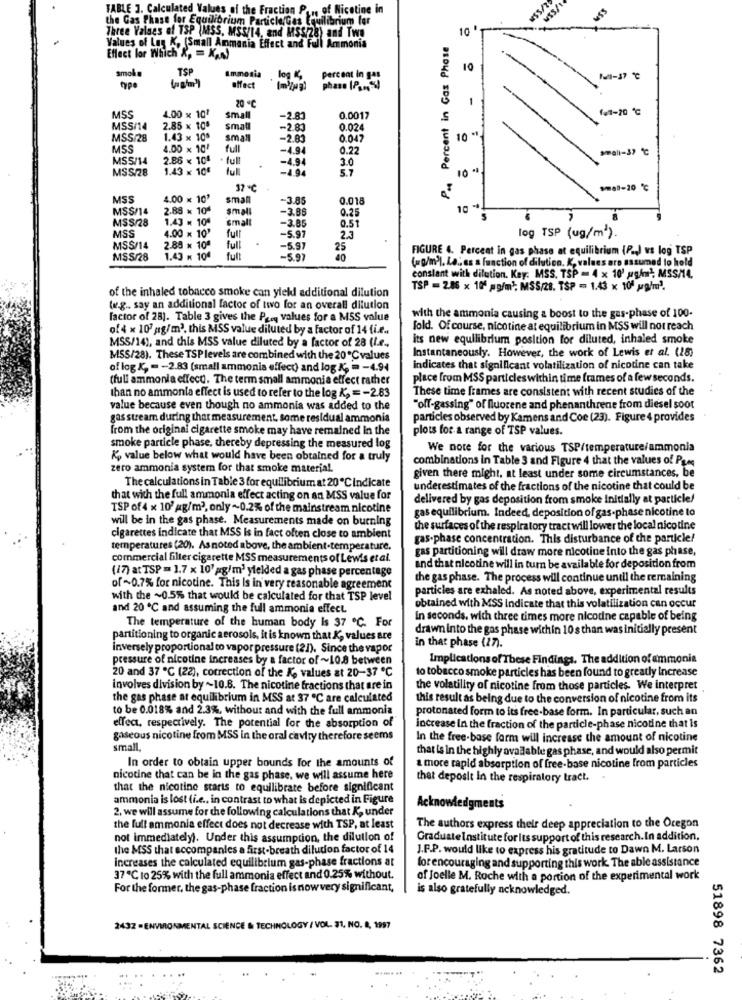
TABLE 3. Calculated Values of the Fraction P ., of Nicotine in
2/SSH
VISSA
the Gas Phase for Equilibrium Particle/Ges Equilibrium for
10
Three Values of TSP (MSS, MSS/14, and MSS/28) and Two
Values of Log K, (Small Ammania Effect and Full Ammonia
P ., Percent in Gas Phase
Effect lor Which &, = KAN)
TSP
Ammonia
10
log K,
percent in gas
1-17 ℃
affect
phase (P ... %)
20
1
f41-20 ℃
MSS
1.00 x 101
small
-2.80
0.0017
MSS/14
2.85 x 105
small
-2.83
0.024
MSS/28
1.43 x 100
small
-2.83
0.047
10 *
MSS
4.00 x 10'
full
-4.94
0.22
MSS/14
2.86 × 101
full
-4.94
30
MSS/28
1.43 × 10€
ful
-1.94
5.7
10
37℃
sel-20 ℃
MSS
4.00 × 10'
small
-3.85
0.018
MSS/14
2.88 * 10ª
small
-3.86
0.25
10 "
MS$/28
1.43 × 104
small
0.51
MSS
-3.85
23
4.00 x 10'
full
-5.97
log TSP (ug/m2).
MSS/14
2.88 x 10ª
full
-5.97
25
FIGURE 4. Percent in gas phase at equilibrium (P.J vs log TSP
MSS/28
1.43 x 104
full
-5.97
40
(=g/m)), La ., as a function of dilution. K, values are assumed to hold
conslant with dilution. Key: MSS. TSP = 4 x 10' ughw), MSS/14,
of the inhaled tobacco smoke can yield additional dilution
TSP = 286 x 10' pg/ml; MSS/28. TSP = 1.43 x 10ª palm3.
ww.g .. say an additional factor of two for an overall dilution
factor of 28). Table 3 gives the Prey values for a MSS value
with the ammonia causing a boost to the gas-phase of 100.
of 4 x 107 ;g/m2, this MSS value diluted by a factor of 14 (i.e ..
fold. Of course, nicotine at equilibrium in MSS will not reach
MSS/14), and this MSS value diluted by a factor of 28 (I.e .,
its new equilibrium position for diluted, inhaled smoke
Instantaneously. However, the work of Lewis et al. (18)
MSS/28). These TSPlevels are combined with the 20℃ values
of log X, - - 2.83 (small ammonia effect) and log K. = - 4.94
Indicates that significant volatilization of nicotine can take
(full ammonia effect). The term small ammonia effect rather
place from MSS particles within time frames of a few seconds.
These time frames are consistent with recent studies of the
than no ammonia effect is used to refer to the log K, = - 2.83
value because even though no ammonia was added to the
"off-gassing" of fluorene and phenanthrene from diesel soot
gas stream during that measurement, some residual ammonia
particles observed by Kamens and Coe (23). Figure 4 provides
from the original cigarette smoke may have remained in the
plots for a range of TSP values.
smoke particle phase, thereby depressing the measured log
We note for the various TSP/temperature/ammonia
K, value below what would have been obtained for a truly
combinations in Table 3 and Figure 4 that the values of Pro
zero ammonia system for that smoke material.
given there might, at least under some circumstances, be
The calculations in Table 3 for equilibrium at 20℃ indicate
underestimates of the fractions of the nicotine that could be
that with the full ammonia effect acting on an MSS value for
delivered by gas deposition from smoke Initially at particle/
TSP of 4 x 10'ag/m2, only ~0.2% of the mainstream nicotine
gas equilibrium. Indeed, deposition of gas-phase nicotine to
will be in the gas phase. Measurements made on burning
the surfaces of the respiratory tract will lower the local nicotine
cigarettes indicate that MSS is in fact often close to ambient
gas-phase concentration. This disturbance of the particle!
temperatures (20). Asnoted above, the ambient.temperature.
gas partitioning will draw more nicotine into the gas phase,
commercial filter cigarette MSS measurements of Lewis et al.
(17) at TSP = 1.7 x 10' pg/m3 yielded a gas phase percentage
and that nicotine will in turn be available for deposition from
the gas phase. The process will continue until the remaining
of~0.7% for nicotine. This Is in very reasonable agreement
particles are exhaled. As noted above, experimental results
with the ~0.5% that would be calculated for that TSP level
and 20 ℃ and assuming the full ammonia effect
obtained with MSS Indicate that this volatilization can occur
In seconds, with three times more nicotine capable of being
The temperature of the human body Is 37 ℃. For
drawn into the gas phase within 10 s than was initially present
partitioning to organic aerosols, it is known that K, values are
inversely proportional to vapor pressure (21). Since the vapor
in that phase (27).
pressure of nicotine increases by a factor of ~10.8 between
Implications of These Findings. The addition of ammonia
20 and 37 ℃ (22), correction of the K, values at 20-37 ℃
to tobacco smoke particles has been found to greatly Increase
involves division by ~10.6. The nicotine fractions that are in
the volatility of nicotine from those particles. We interpret
the gas phase at equilibrium in MSS at 37 ℃ are calculated
this result as being due to the conversion of nicotine from its
to be 0.018% and 2.3%, without and with the full ammonia
protonated form to its free-base form. In particular, such an
ellea, respectively. The potential for the absorption of
increase In the fraction of the particle-phase nicotine that is
gaseous nicotine from MSS in the oral cavity therefore seems
In the free-base form will increase the amount of nicotine
small
that is in the highly available gas phase, and would also permit
In order to obtain upper bounds for the amounts of
a more rapid absorption of free-base nicotine from particles
nicotine that can be in the gas phase, we will assume here
that deposit in the respiratory tract.
that the nicotine starts to equilibrate before significant
ammonia is lost (i.e ., in contrast to what is depicted in Figure
2. we will assume for the following calculations that K, under
Acknowledgments
the full ammonia effect does not decrease with TSP, at least
The authors express their deep appreciation to the Oregon
not immediately). Under this assumption, the dilution of
GraduateInstitute for Its support of this research.In addition,
the MSS that eccompanies a first-breath dilution factor of 14
J.F.P. would like to express his gratitude to Dawn M. Larson
increases the calculated equilibrium gas-phase fractions at
for encouraging and supporting this work. The able assistance
37℃ to 25% with the full ammonia effect and 0.25% without.
of Joelle M. Roche with a portion of the experimental work
For the former, the gas-phase fraction is now very significant,
is also gratefully acknowledged.
2432 - ENVIRONMENTAL SCIENCE & TECHNOLOGY / VOL. 31, NO. 4, 1997
51898 7362